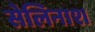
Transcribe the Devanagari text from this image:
सेलिनाश